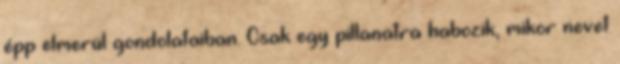
épp elmerül gondolataiban. Csak egy pillanatra habozik, mikor nevet